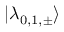
| \lambda _ { 0 , 1 , \pm } \rangle